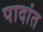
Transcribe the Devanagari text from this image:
पादांत